Vaccine operations Central Provinces 1868-1885 - 1868-1885
Year: 1868
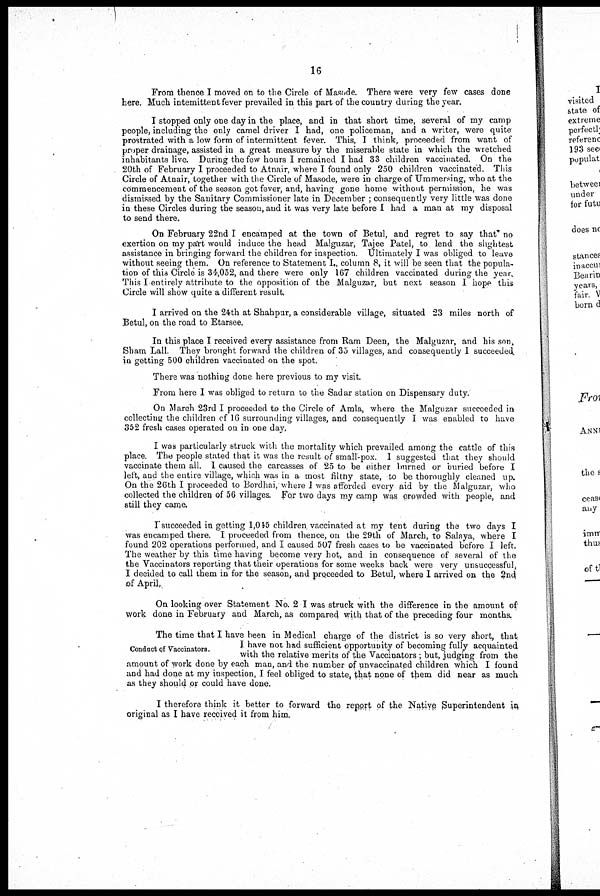
16
From thence I moved on to the Circle of Masode. There were very few cases done
here. Much intemittent fever prevailed in this part of the country during the year.
I stopped only one day in the place, and in that short time, several of my camp
people, including the only camel driver I had, one policeman, and a writer, were quite
prostrated with a low form of intermittent fever. This, I think, proceeded from want of
proper drainage, assisted in a great measure by the miserable state in which the wretched
inhabitants live. During the few hours I remained I had 33 children vaccinated. On the
20th of February I proceeded to Atnair, where I found only 250 children vaccinated. This
Circle of Atnair, together with the Circle of Masode, were in charge of Ummersing, who at the
commencement of the season got fever, and, having gone home without permission, he was
dismissed by the Sanitary Commissioner late in December ; consequently very little was done
in these Circles during the season, and it was very late before I had a man at my disposal
to send there.
On February 22nd I encamped at the town of Betul, and regret to say that no
exertion on my part would induce the head Malguzar, Tajee Patel, to lend the slightest
assistance in bringing forward the children for inspection. Ultimately I was obliged to leave
without seeing them. On reference to Statement I., column 8, it will be seen that the popula-
tion of this Circle is 34,052, and there were only 167 children vaccinated during the year.
This I entirely attribute to the opposition of the Malguzar, but next season I hope this
Circle will show quite a different result.
I arrived on the 24 th at Shahpur, a considerable village, situated 23 miles north of
Betul, on the road to Etarsee.
In this place I received every assistance from Ram Deen, the Malguzar, and his son,
Sham Lall. They brought forward the children of 35 villages, and consequently 1 succeeded
in getting 500 children vaccinated on the spot.
There was nothing done here previous to my visit.
From here I was obliged to return to the Sadar station on Dispensary duty.
On March 23rd I proceeded to the Circle of Amla, where the Malguzar succeeded in
collecting the children of 16 surrounding villages, and consequently I was enabled to have
352 fresh cases operated on in one day,
I was particularly struck with the mortality which prevailed among the cattle of this
place. The people stated that it was the result of small-pox. I suggested that they should
vaccinate them all. I caused the carcasses of 25 to be either burned or buried before I
left, and the entire village, which was in a most filthy state, to be thoroughly cleaned up.
On the 26th I proceeded to Bordhar, where I was afforded every aid by the Malguzar, who
collected the children of 56 villages. For two days my camp was crowded with people, and
still they came.
I succeeded in getting 1,045 children vaccinated at my tent during the two days I
was encamped there. I proceeded from thence, on the 29th of March, to Salaya, where I
found 202 operations performed, and I caused 507 fresh cases to be vaccinated before I left.
The weather by this time having become very hot, and in consequence of several of the
the Vaccinators reporting that their operations for some weeks back were very unsuccessful,
I decided to call them in for the season, and proceeded to Betul, where I arrived on the 2nd
of April.
On looking over Statement No. 2 I was struck with the difference in the amount of
work done in February and March, as compared with that of the preceding four months.
Conduct of Vaccinators.
The time that I have been in Medical charge of the district is so very short, that
I have not had sufficient opportunity of becoming fully acquainted
with the relative merits of the Vaccinators ; but, judging from the
amount of work done by each man, and the number of unvaccinated children which I found
and had done at my inspection, I feel obliged to state, that none of them did near as much
as they should or could have done.
I therefore think it better to forward the report of the Native Superintendent in
original as I have received it from him.